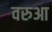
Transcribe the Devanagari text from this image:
वरुआ